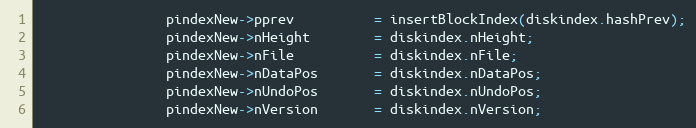
Language: C++
                pindexNew->pprev          = insertBlockIndex(diskindex.hashPrev);
                pindexNew->nHeight        = diskindex.nHeight;
                pindexNew->nFile          = diskindex.nFile;
                pindexNew->nDataPos       = diskindex.nDataPos;
                pindexNew->nUndoPos       = diskindex.nUndoPos;
                pindexNew->nVersion       = diskindex.nVersion;